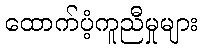
ထောက်ပံ့ကူညီမှုများ